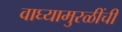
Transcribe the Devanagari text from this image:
वाघ्यामुरळींची